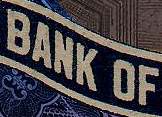
BANK OF